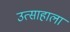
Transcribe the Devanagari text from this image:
उत्साहाला